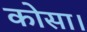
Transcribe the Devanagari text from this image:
कोसा।